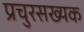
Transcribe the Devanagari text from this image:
प्रचुरसख्यक